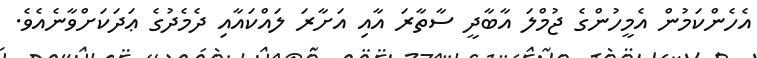
އެހެންކަމުން އެމީހުންގެ ޖުމްލަ އާބާދީ ސާތާރަ އާއި އަށާރަ ލައްކައާއި ދެމެދުގެ ޢަދަކަށްވާނެއެވެ.